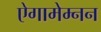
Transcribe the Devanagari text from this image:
ऐगामेम्नन